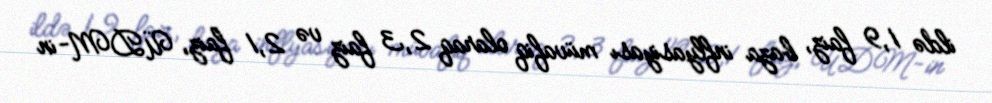
ildə 1,9 faiz, baza inflyasiyası müvafiq olaraq 2,3 faiz və 2,1 faiz, ÜDM-in